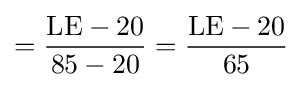
={\frac {{\textrm {LE}}-20}{85-20}}={\frac {{\textrm {LE}}-20}{65}}